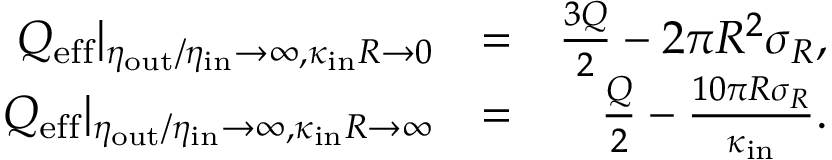
\begin{array} { r l r } { Q _ { \mathrm { e f f } } | _ { \eta _ { \mathrm { o u t } } / \eta _ { \mathrm { i n } } \to \infty , \kappa _ { \mathrm { i n } } R \to 0 } } & { = } & { \frac { 3 Q } { 2 } - 2 \pi R ^ { 2 } \sigma _ { R } , } \\ { Q _ { \mathrm { e f f } } | _ { \eta _ { \mathrm { o u t } } / \eta _ { \mathrm { i n } } \to \infty , \kappa _ { \mathrm { i n } } R \to \infty } } & { = } & { \frac { Q } { 2 } - \frac { 1 0 \pi R \sigma _ { R } } { \kappa _ { \mathrm { i n } } } . } \end{array}